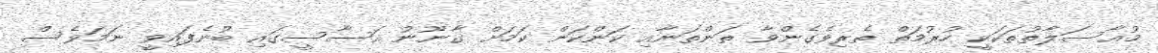
މުޢާސަލާތުތަކަކީ ހުރުމަތް ތެރިވެގެންވާ ތަންތަނާއި ކަންކަން ކަމަށް ގާނޫނު އަސާސީގައި ބުނެފައިވީ ނަމަވެސް